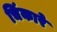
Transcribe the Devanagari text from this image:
चिंकारे